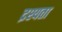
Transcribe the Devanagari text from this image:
द्रश्यता